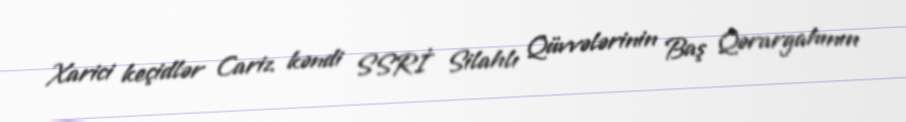
Xarici keçidlər Cariz kəndi SSRİ Silahlı Qüvvələrinin Baş Qərargahının